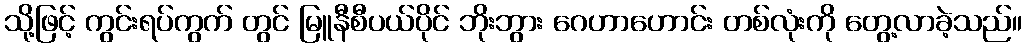
သို့ဖြင့် ကွင်းရပ်ကွက် တွင် မြူနီစီပယ်ပိုင် ဘိုးဘွား ဂေဟာဟောင်း တစ်လုံးကို တွေ့လာခဲ့သည်။